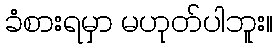
ခံစားရမှာ မဟုတ်ပါဘူး။